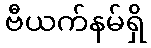
ဗီယက်နမ်ရှိ